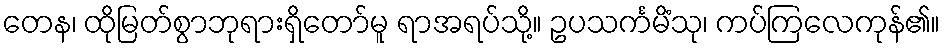
တေန၊ ထိုမြတ်စွာဘုရားရှိတော်မူ ရာအရပ်သို့။ ဥပသင်္ကမိံသု၊ ကပ်ကြလေကုန်၏။